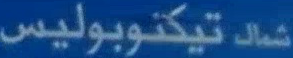
شاك تيكتوبوليس